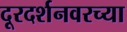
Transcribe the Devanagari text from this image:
दूरदर्शनवरच्या